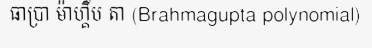
ធាប្រា ម៉ាហ្គឹប តា (Brahmagupta polynomial)